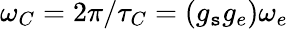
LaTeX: \omega_{C}=2\pi/\tau_{C}=\left(g_{\mathtt{s}}g_{e}\right)\omega_{e}